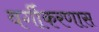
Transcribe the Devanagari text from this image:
वर्गीकरणास